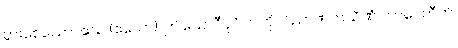
ပွားစေသော။ ဧသ (ဧသော)၊ ဤယောဂီပုဂ္ဂိုလ်ကို။ ဝိညာဏကသိဏံ ဘာဝေတီတိ၊